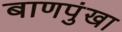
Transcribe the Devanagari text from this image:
बाणपुंखा